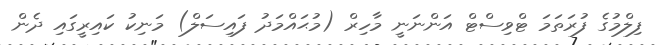
ފިލްމުގެ ފުރަތަމަ ޓްވިސްޓް އަންނަނީ މާހިރް (މުޙައްމަދު ފައިސަލް) މަނިކު ކައިރީގައި ދެން